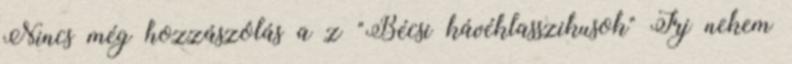
Nincs még hozzászólás a z "Bécsi kávéklasszikusok" Írj nekem